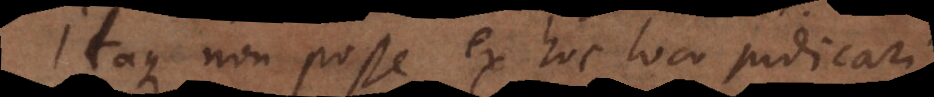
Itaque non posse ex hoc loco judicari